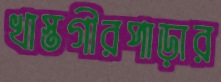
খাস্তগীরপাড়ার